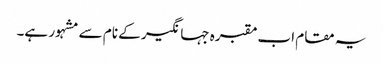
یہ مقام اب مقبرہ جہانگیر کے نام سے مشہور ہے۔